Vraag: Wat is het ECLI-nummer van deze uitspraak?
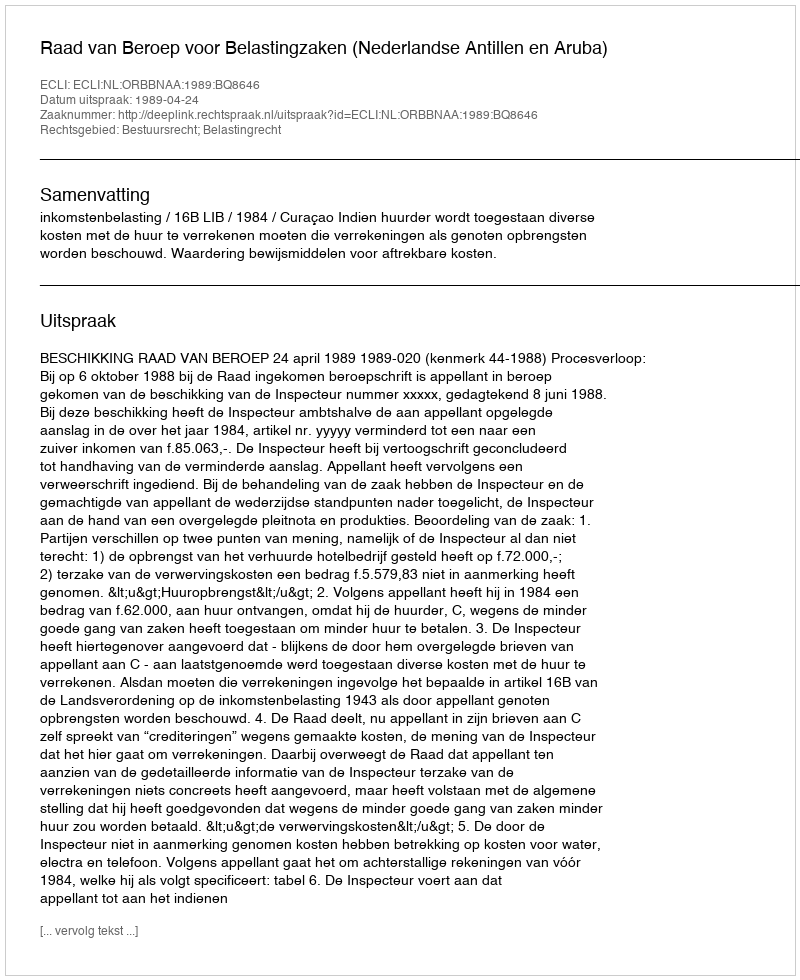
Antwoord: ECLI:NL:ORBBNAA:1989:BQ8646